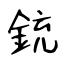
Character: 銃